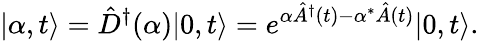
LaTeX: \vert\alpha,t\rangle=\hat{D}^{\dagger}(\alpha)\vert 0,t\rangle=e^{\alpha\hat{A}^{\dagger}(t)-\alpha^{*}\hat{A}(t)}\vert 0,t\rangle.